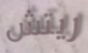
ريتش